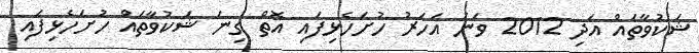
ޝަކުވާތައް އަދި 2012 ވަނަ އަހަރު ހުށަހެޅިފައި އޮތް ގިނަ ޝަކުވާތައް ހުށަހެޅިފައި